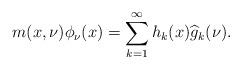
LaTeX: \begin{align*}m(x,\nu)\phi_{\nu}(x)=\sum_{k=1}^{\infty}h_k(x)\widehat{g}_{k}(\nu).\end{align*}